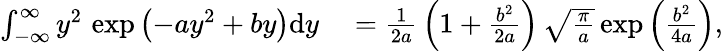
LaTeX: \begin{array}{rl}{\int_{-\infty}^{\infty}y^{2}\, \exp\left(-ay^{2}+by\right)\mathrm{d}y}&{{}=\frac{1}{2a}\, \left(1+\frac{b^{2}}{2a}\right)\, \sqrt{\frac{\pi}{a}}\exp\left(\frac{b^{2}}{4a}\right),}\end{array}